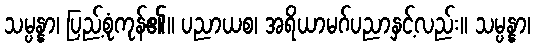
သမ္ပန္နာ၊ ပြည့်စုံကုန်၏။ ပညာယစ၊ အရိယာမဂ်ပညာနှင့်လည်း။ သမ္ပန္နာ၊